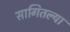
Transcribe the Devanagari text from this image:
सागितल्या